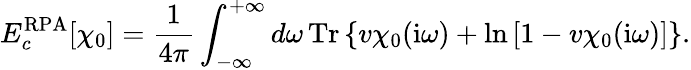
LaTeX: E_{c}^{\textrm{RPA}}[\chi_{0}]=\frac{1}{4\pi}\int_{-\infty}^{+\infty}d\omega\, \mathrm{Tr}\left\{ v\chi_{0}(\mathrm{i}\omega)+\mathrm{ln}\left[1-v\chi_{0}(\mathrm{i}\omega)\right]\right\} .